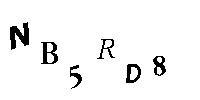
NB5RD8